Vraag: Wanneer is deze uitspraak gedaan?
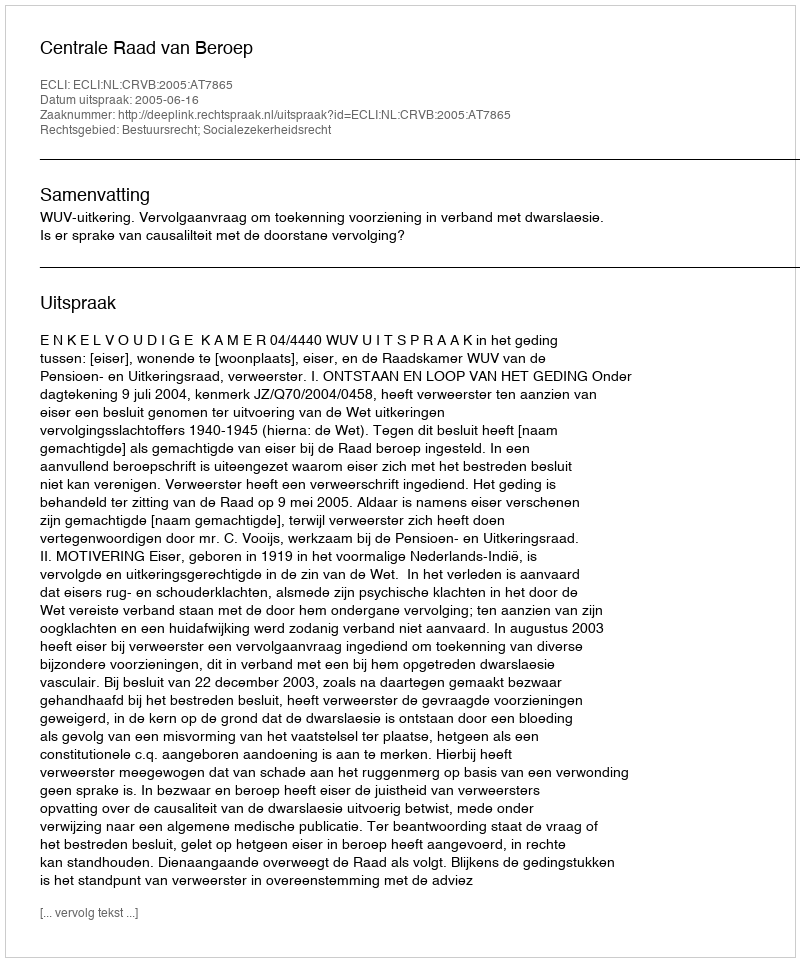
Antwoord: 2005-06-16